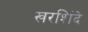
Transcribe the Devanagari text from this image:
खरशिंदे